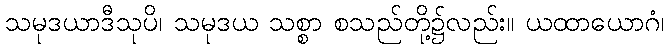
သမုဒယာဒီသုပိ၊ သမုဒယ သစ္စာ စသည်တို့၌လည်း။ ယထာယောဂံ၊